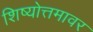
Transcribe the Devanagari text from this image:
शिष्योत्तमावर